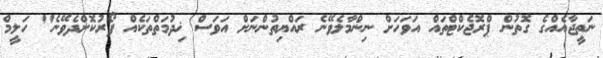
ނަތީޖާއެއްގެ ގޮތުން ޕްރޮޖެކްޓްތައް އަވަހަށް ނިންމާލެވޭނެ ރައްޔިތުންނަށް އަވަސް ޚިދުމަތްތަކެއް ފޯރުކޮށްދެވޭނެ" ހަލީމް